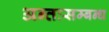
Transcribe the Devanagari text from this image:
अन्तःसम्बन्ध